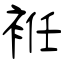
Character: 袵